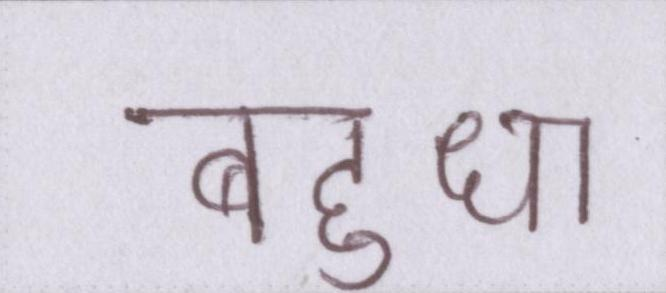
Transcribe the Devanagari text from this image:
बहुधा